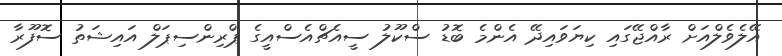
އޭލެވެލްއަށް ރާއްޖޭގައި ކިޔަވައިދޭ އެންމެ ބޮޑު ސްކޫލު ސީއެޗްއެސްއީގެ ޕްރިންސިޕަލް އައިޝަތު ސޮފޫރާ